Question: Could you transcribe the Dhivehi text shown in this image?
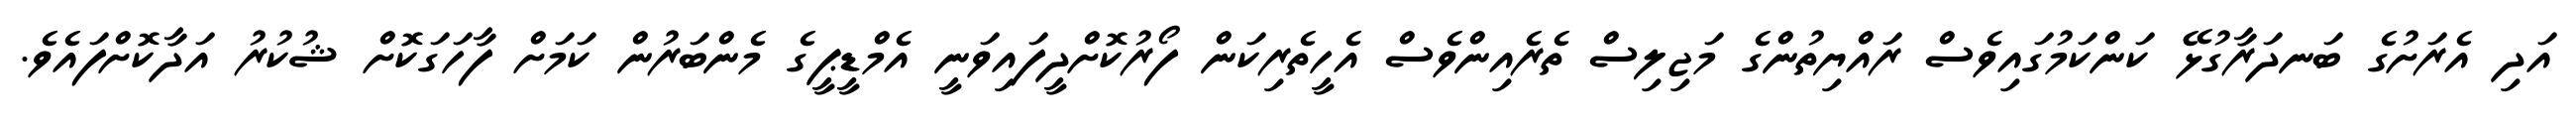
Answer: އަދި އެރަށުގެ ބަނދަރާގުޅޭ ކަންކަމުގައިވެސް ރައްޔިތުންގެ މަޖިލިސް ތެރެއިންވެސް އެހީތެރިކަން ފޯރުކޮށްދީފައިވަނީ އެމްޑީޕީގެ މެންބަރުން ކަމަށް ފާހަގަކޮށް ޝުކުރު އަދާކޮށްފައެވެ.